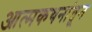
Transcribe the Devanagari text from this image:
आत्मकथनांतून